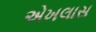
એખલાસ